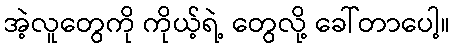
အဲ့လူတွေကို ကိုယ့်ရဲ့ တွေလို့ ခေါ်တာပေါ့။